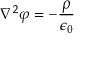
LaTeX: \nabla ^ { 2 } \varphi = - { \frac { \rho } { \epsilon _ { 0 } } }